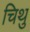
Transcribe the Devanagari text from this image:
चिथु